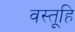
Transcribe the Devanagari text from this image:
वस्तूहि